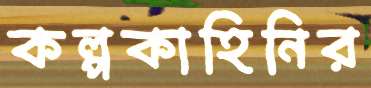
কল্পকাহিনির